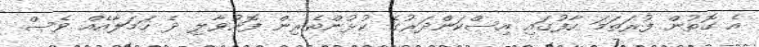
އެ ގޮތުން ފުރަތަމަ ހާފުގައި އިސްކަންދަރުގެ ކުޅުންތެރިން ފޮނުވާލި ދެ ހަމަލާއެއް ވެސް